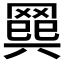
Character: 𦋭